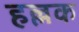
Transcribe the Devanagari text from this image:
हल्लक